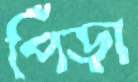
পিঁড়া